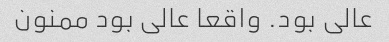
عالی بود. واقعا عالی بود ممنون